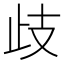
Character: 歧